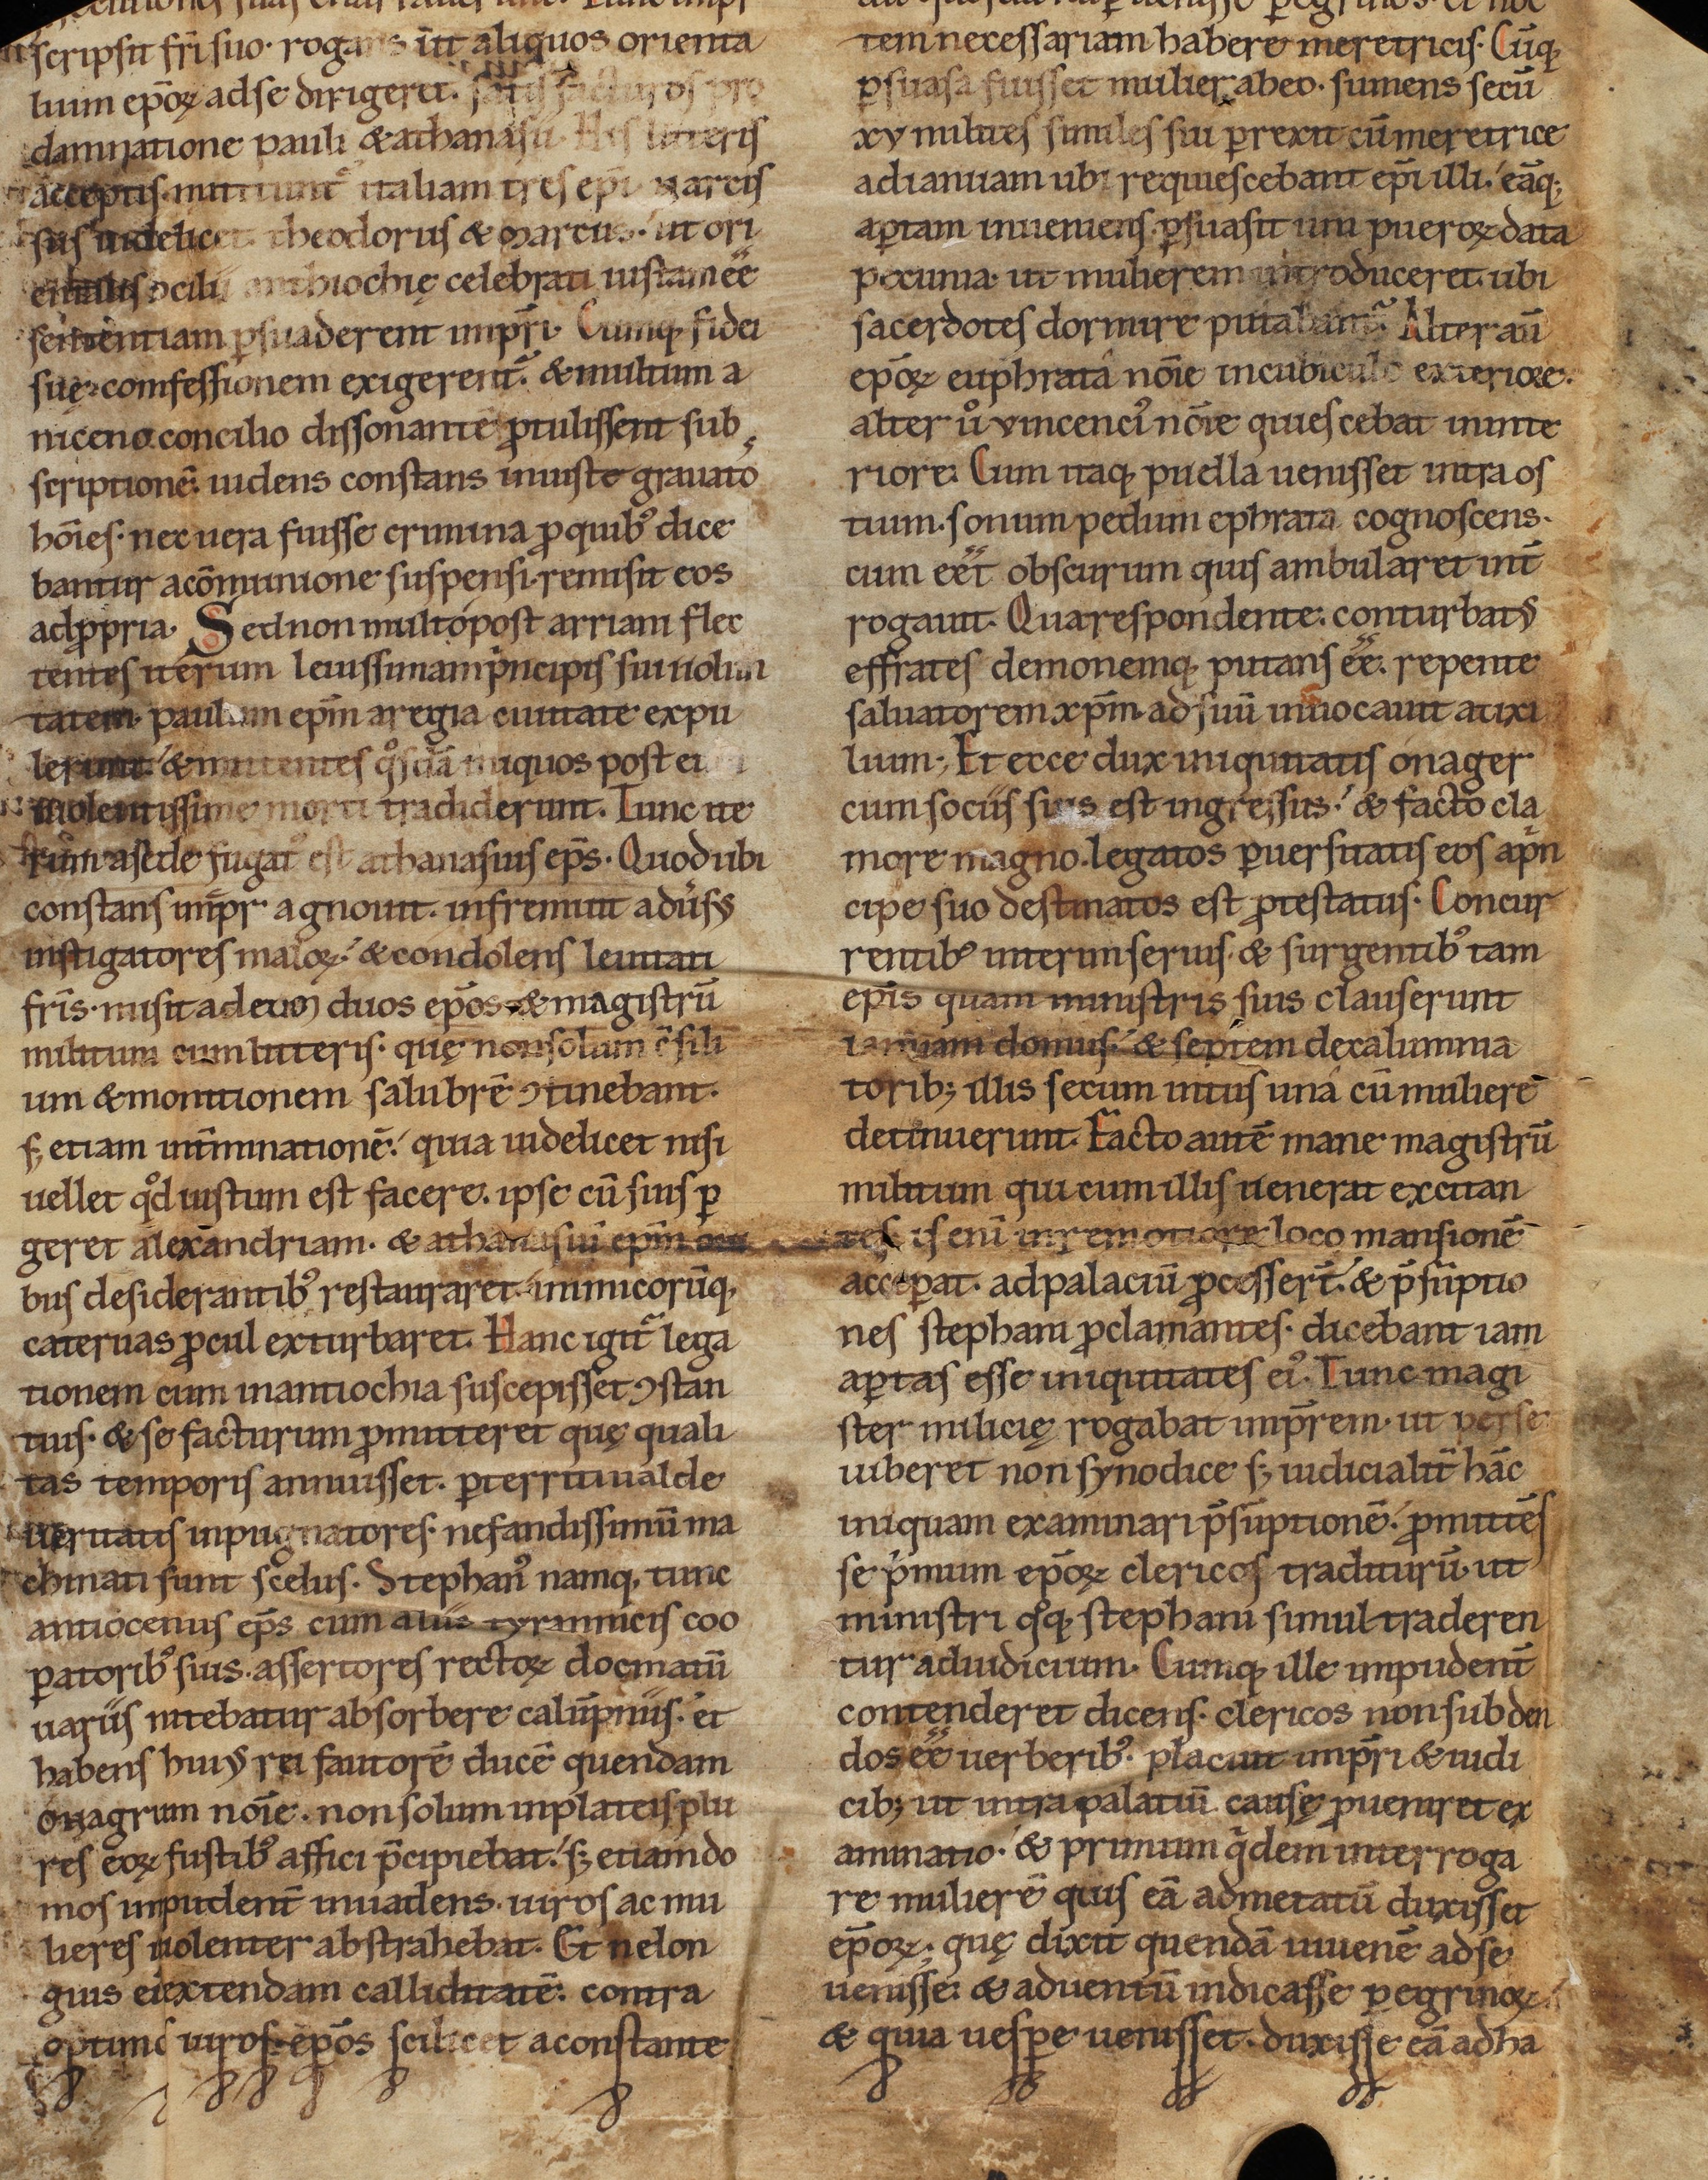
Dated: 1140–1170